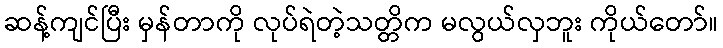
ဆန့်ကျင်ပြီး မှန်တာကို လုပ်ရဲတဲ့သတ္တိက မလွယ်လှဘူး ကိုယ်တော်။